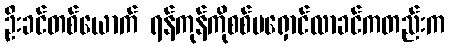
ဦးခင်တစ်ယောက် ရန်ကုန်ကိုစစ်မရှောင်လာခင်ကတည်းက